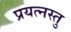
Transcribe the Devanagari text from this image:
प्रयत्नस्तु